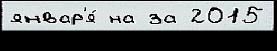
январ'я́ на за 2015